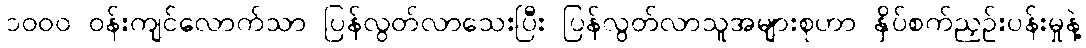
၁၀၀၀ ဝန်းကျင်လောက်သာ ပြန်လွတ်လာသေးပြီး ပြန်လွတ်လာသူအများစုဟာ နှိပ်စက်ညှဉ်းပန်းမှုနဲ့